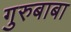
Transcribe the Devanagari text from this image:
गुरुबाबा